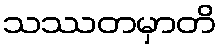
သဿတမှာတိ